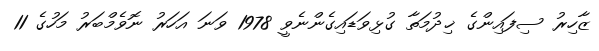
ޒާހިރު ސިފައިންގެ ޚިދުމަތާ ގުޅިވަޑައިގެންނެވީ 1978 ވަނަ އަހަރު ނޮވެމްބަރު މަހުގެ 11